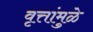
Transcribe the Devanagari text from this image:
वृत्तांमुळे